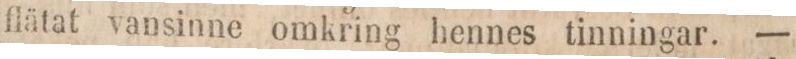
flätat vansinne omkring hennes tinningar. —